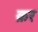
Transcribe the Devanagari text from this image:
क्रर